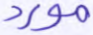
مورد